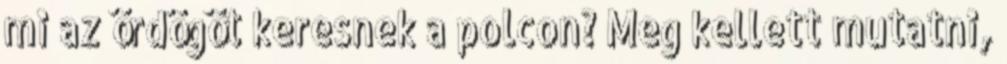
mi az ördögöt keresnek a polcon? Meg kellett mutatni,